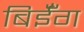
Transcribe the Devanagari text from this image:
बिईँग